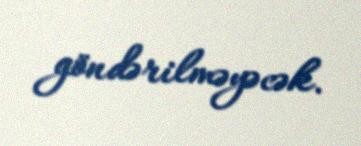
göndərilməyəcək.